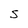
Character: S